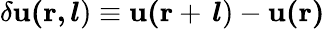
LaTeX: \delta\mathbf{u(r,}\, \boldsymbol{l})\equiv\mathbf{u(r}+\, \boldsymbol{l})-\mathbf{u(r)}